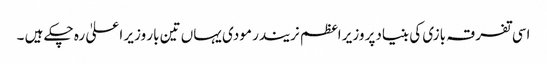
اسی تفرقہ بازی کی بنیادپر وزیر اعظم نریندر مودی یہاں تین بار وزیر ا علیٰ رہ چکے ہیں ۔